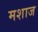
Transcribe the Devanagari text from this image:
मशाज